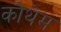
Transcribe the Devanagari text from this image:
कौथेम